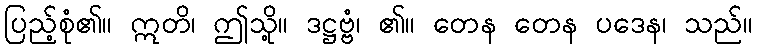
ပြည့်စုံ၏။ ဣတိ၊ ဤသို့။ ဒဋ္ဌဗ္ဗံ၊ ၏။ တေန တေန ပဒေန၊ သည်။